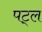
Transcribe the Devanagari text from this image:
पट्ल